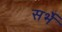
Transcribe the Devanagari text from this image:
सर्भे